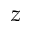
z